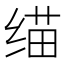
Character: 𰬬